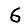
Digit: 6